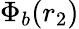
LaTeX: \Phi_{b}(r_{2})